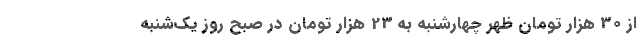
از 30 هزار تومان ظهر چهارشنبه به 23 هزار تومان در صبح روز یک‌شنبه